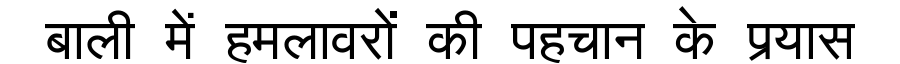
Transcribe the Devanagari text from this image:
बाली में हमलावरों की पहचान के प्रयास